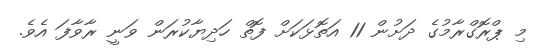
މި ޕްރޮގްރާމުގެ ދަށުން 11 އަތޮޅަކަށް ފޮތް ހަދިޔާކުރަން ވަނީ ރާވާފަ އެވެ.